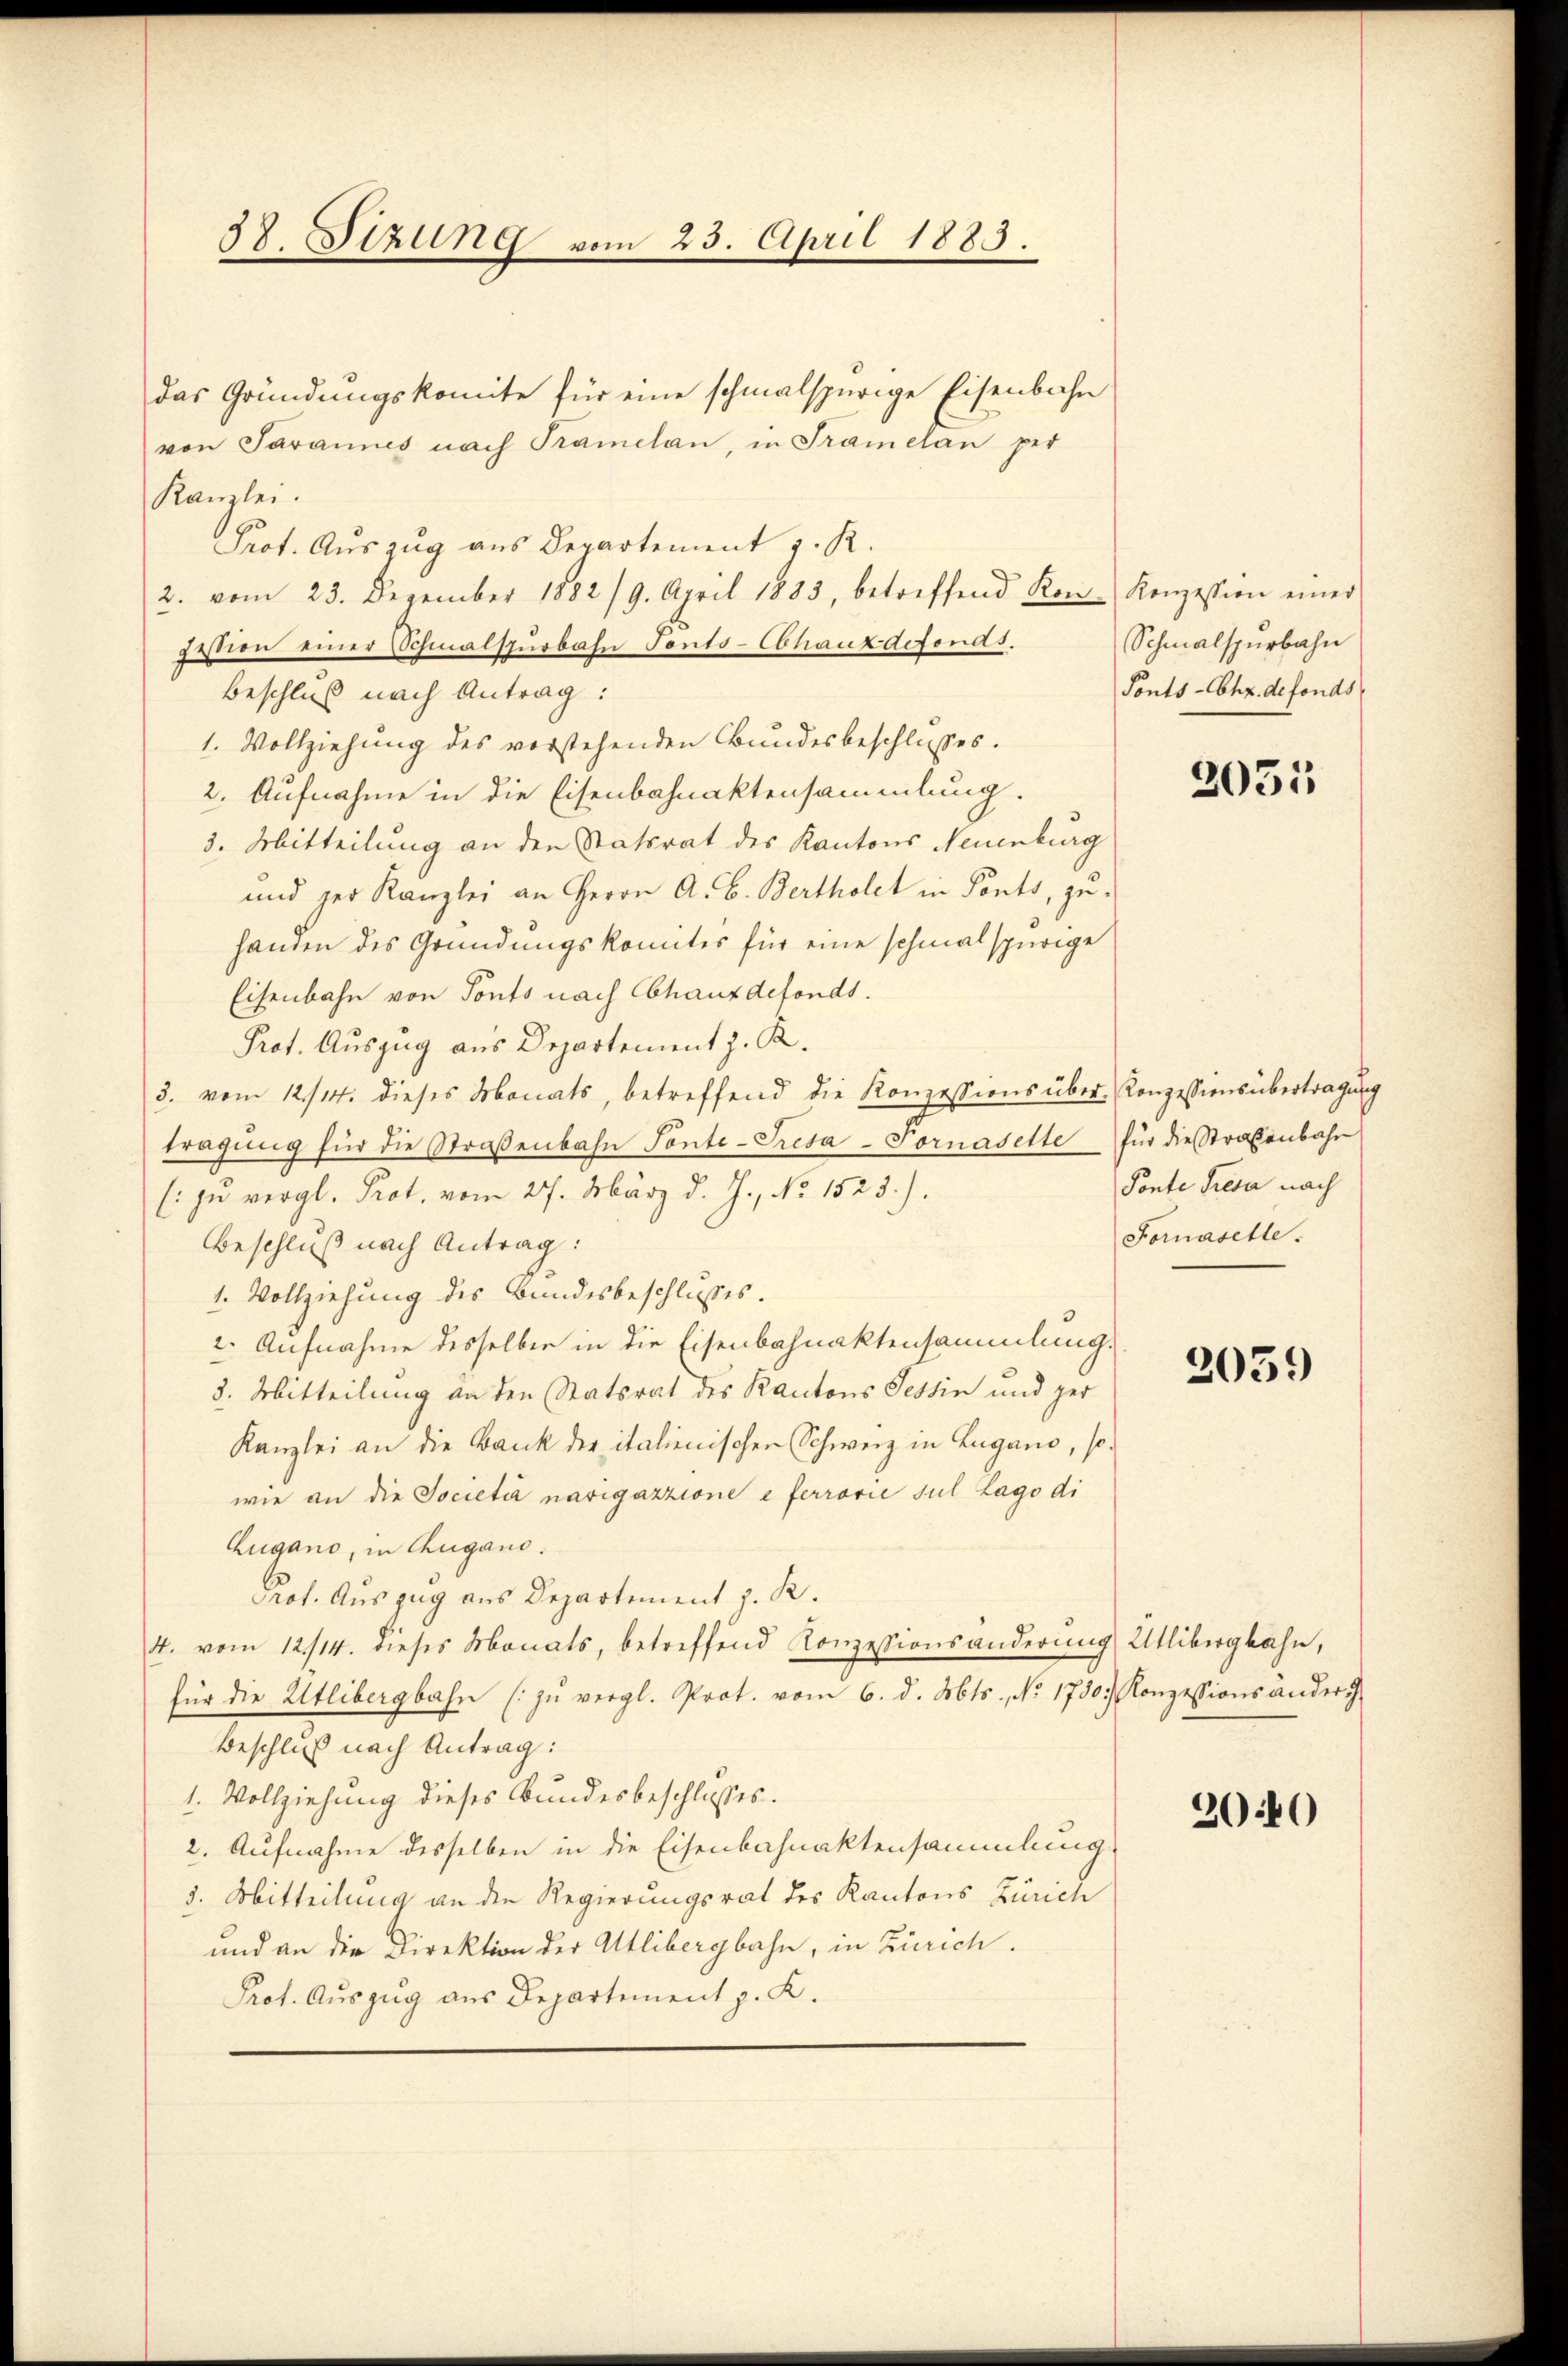
das Gründungskomite für eine schmalspurige Eisenbahn
von Tavannes nach Tramelan, in Tramelan per
Kanzlei.
Prot. Auszug aus Departement z. R.
2. vom 23. Dezember 1882/9. April 1883, betreffend Kon-Konzession einer
festion einer Schmalspurbahn Tonts-Obhauxdefonds.
Beschluß nach Antrag:
1. Vollziehung des verstehenden Bundesbeschlusses.
2. Aufnahme in die Eisenbahnaktensammlung.
3. Mitteilung an den Statsrat des Kantons Neuenburg
und der Kanzlei an Herrn A. B. Bertholet in Ponts, zuhanden des Gründungskontes für eine schmalspurige
Eisenbahn von Tonts nach Chauxdefonds.
Prot. Auszug aus Departement z. R.
3. vom 12/14. dieses Monats, betreffend die Konzessions über- Konzessionsübertragung
tragung für die Straßenbahn Tante-Tresa-Pornasette
(: zu vergl. Prot. vom 27. März d. J., No 1523).
Beschluß nach Antrag:
1. Vollziehung des Bundesbeschlusses.
2. Aufnahme desselben in die Eisenbahnaktensammlung.
3. Mitteilung an den Statsrat des Kantons Tessin und ger
Kanzlei an die Bank der italienischen Schweiz in Zugano, sowie an die Societa navigazzione e ferrorie sul Lago di
Zugano, in Lugano.
Prof. Auszug aus Departement z. R.
4. vom 12/14. dieses Monats, betreffend Konzessionsänderung, Ullibergbahn,
für die Utlibergbahn (zu vergl. Prot. vom 6. d. Mts., No. 1730. Konzessionsändert.
Beschluß nach Antrag:
1. Vollziehung dieses Bundesbeschlusses.
2. Aufnahme desselben in die Eisenbahnaktensammlung
3. Mitteilung an den Regierungsrat des Kantons Zürich
und an die Direktion der Atlibergbahn, in Zürich.
Prot. Auszug aus Departement z. K.

58. Stzung vom 23. April 1885.

Schmalspurbahn
Sonts-Chz. defonds

2051

für die Straßenbahr
Ponte Fresa nach
Fornaselle.

2059

2040